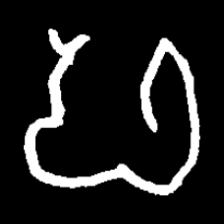
Pyu character \u2014 Myanmar letter: ဖ (romanized: pha)